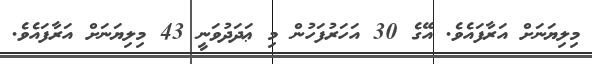
މިލިޔަނަށް އަރާފައެވެ. އޭގެ 30 އަހަރުފަހުން މި ޢަދަދުވަނީ 43 މިލިޔަނަށް އަރާފައެވެ.